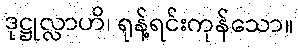
ဒုဋ္ဌုလ္လာဟိ၊ ရုန့်ရင်းကုန်သော။